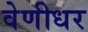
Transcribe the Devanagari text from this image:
वेणीधर